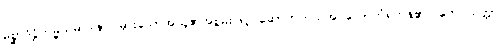
မိစ္ဆာဒိဋ္ဌိကမ္မသမာဒါနာ၊ မှားသောအယူ၏အစွမ်းဖြင့် ဆောက်တည်အပ်သောကံရှိကုန်၏။ တေ သတ္တာ၊